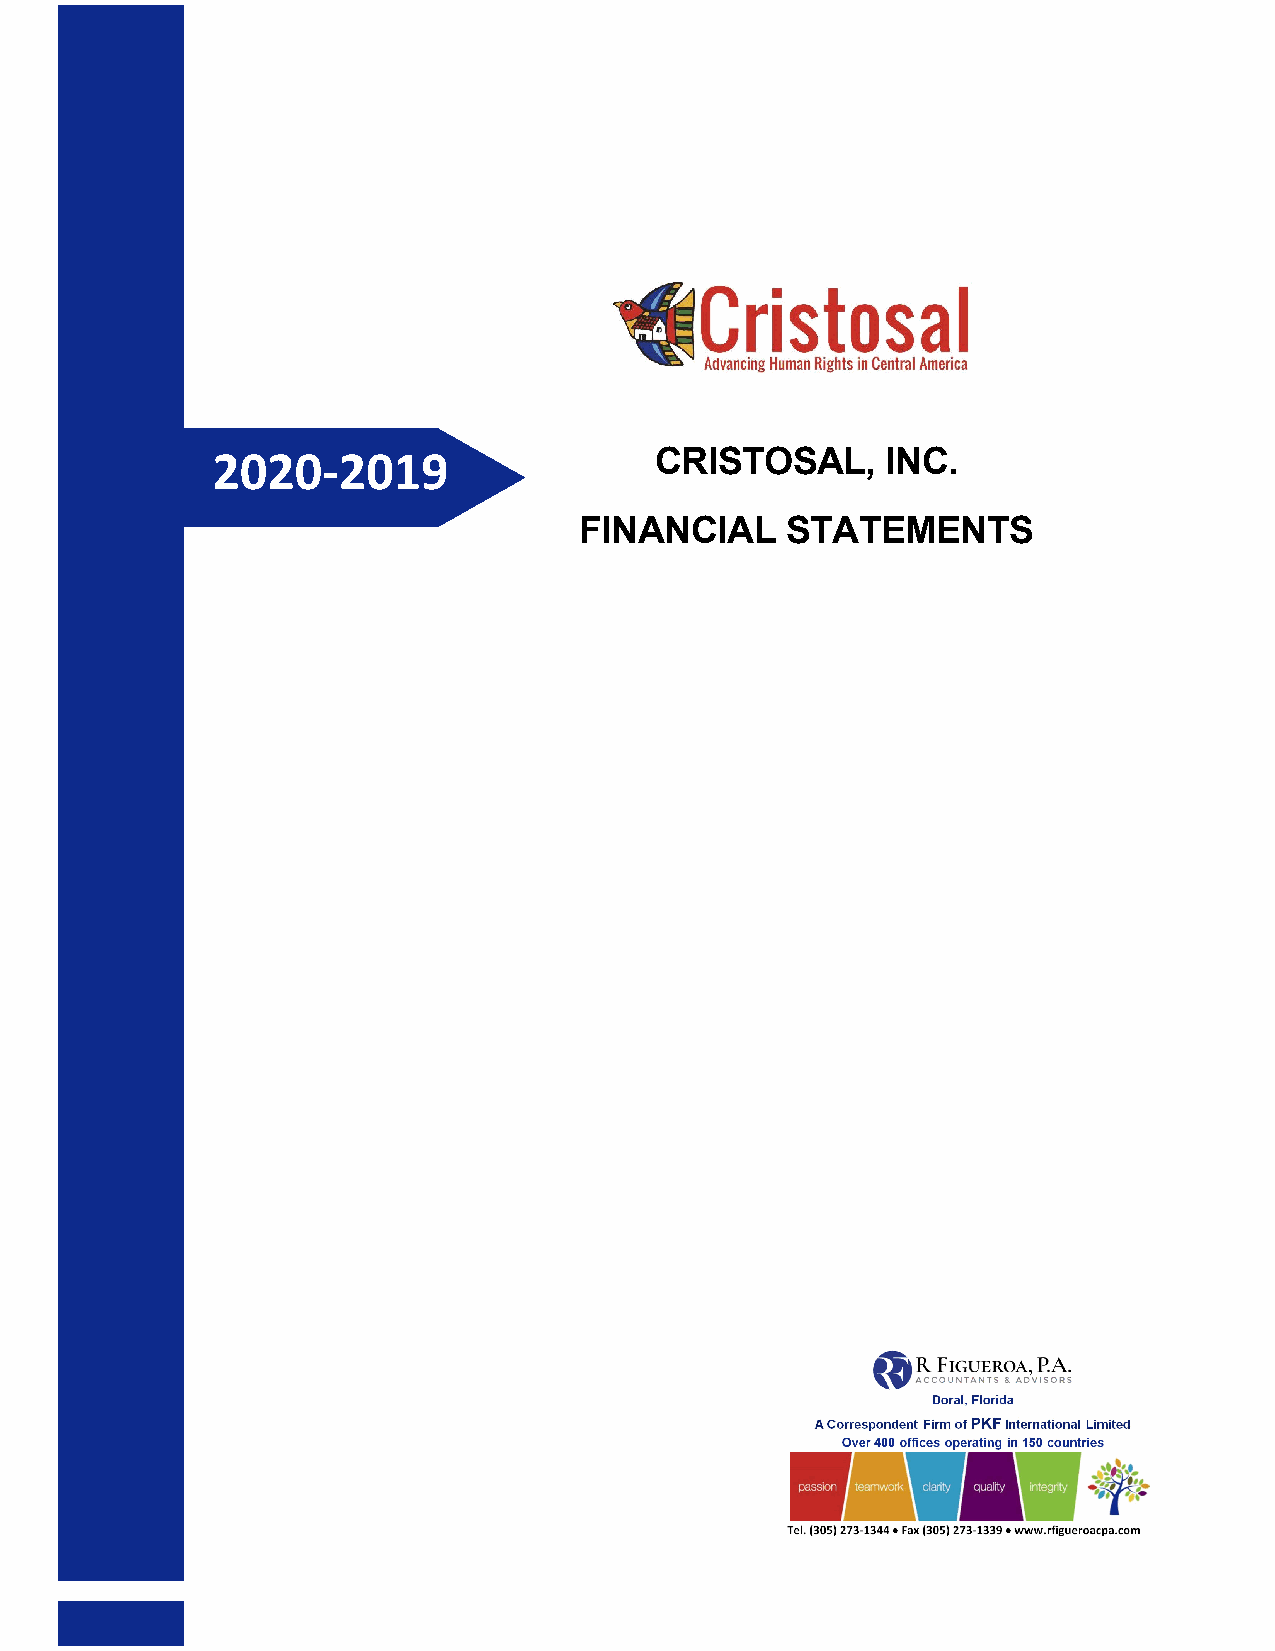
2020‐2019                    CRISTOSAL,      INC.
 FINANCIAL     STATEMENTS